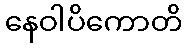
နေဝါပိကောတိ